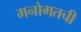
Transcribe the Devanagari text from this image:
मनोगतची